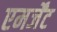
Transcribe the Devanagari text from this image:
एमर्जेंट